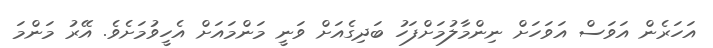
އަހަރެން އަވަސް އަވަހަށް ނިންމާލުމަށްފަހު ބަދިގެއަށް ވަނީ މަންމައަށް އެހީވުމަށެވެ. އޭރު މަންމަ